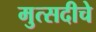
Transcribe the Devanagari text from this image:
मुत्सदीचे